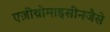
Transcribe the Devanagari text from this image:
एज़ीथ्रोमाइसीनजैसे